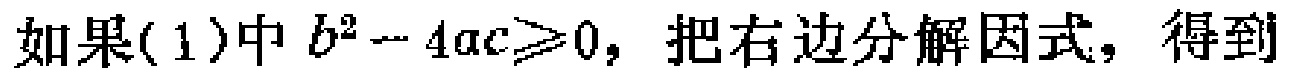
如果(1)中 \(b^{2}-4ac\geqslant0\)，把右边分解因式，得到